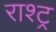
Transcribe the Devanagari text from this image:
राश्ट्र